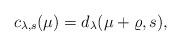
LaTeX: \begin{align*}c_{\lambda,s}(\mu)=d_\lambda(\mu+\varrho,s),\end{align*}